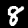
Digit: 8